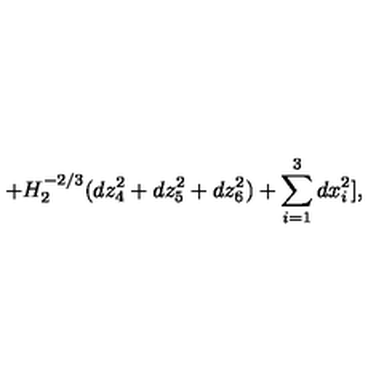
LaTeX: + H _ { 2 } ^ { - 2 / 3 } ( d z _ { 4 } ^ { 2 } + d z _ { 5 } ^ { 2 } + d z _ { 6 } ^ { 2 } ) + \sum _ { i = 1 } ^ { 3 } d x _ { i } ^ { 2 } ] ,